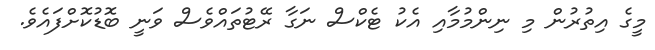
މީގެ އިތުރުން މި ނިންމުމާއި އެކު ޓެކްސް ނަގާ ރޭޓުތައްވެސް ވަނީ ބޮޑުކޮށްފައެވެ.